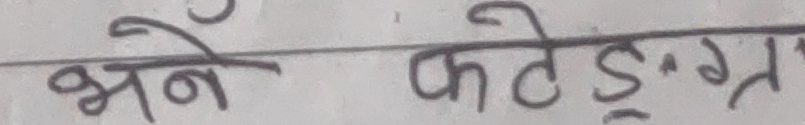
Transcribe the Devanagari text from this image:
भने फोटोड॰ग्र